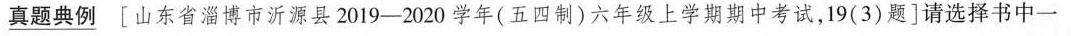
\underline{真题典例} [山东省淄博市沂源县2019-2020学年（五四制）六年级上学期期中考试，19（3）题]请选择书中一